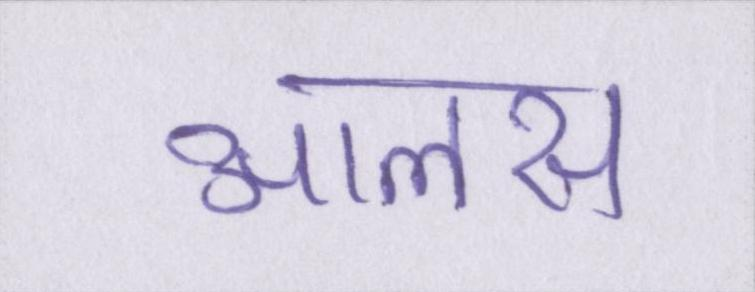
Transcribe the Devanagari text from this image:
आलस